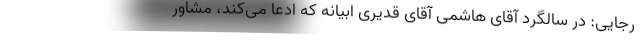
رجایی: در سالگرد آقای هاشمی آقای قدیری ابیانه که ادعا می‌کند، مشاور